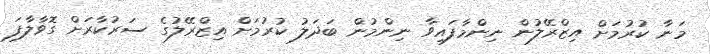
މަނާ ކުރުމަށް އިޒްރޭލުން ނިންމާފައިވާ ނިންމުން ބަދަލު ކުރުމަށް އިޒްރޭލުގެ ސަރުކާރަށް ގޮވާލާފަ